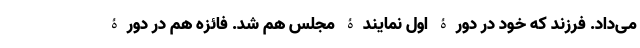
می‌داد. فرزند که خود در دورۀ اول نمایندۀ مجلس هم شد. فائزه هم در دورۀ